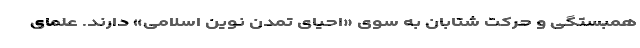
همبستگی و حرکتِ شتابان به سوی «احیای تمدن نوین اسلامی» دارند. علمای